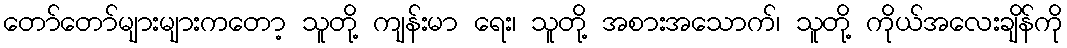
တော်တော်များများကတော့ သူတို့ ကျန်းမာ ရေး၊ သူတို့ အစားအသောက်၊ သူတို့ ကိုယ်အလေးချိန်ကို